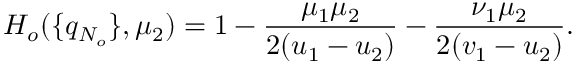
H _ { o } ( \{ q _ { N _ { o } } \} , \mu _ { 2 } ) = 1 - \frac { \mu _ { 1 } \mu _ { 2 } } { 2 ( u _ { 1 } - u _ { 2 } ) } - \frac { \nu _ { 1 } \mu _ { 2 } } { 2 ( v _ { 1 } - u _ { 2 } ) } .